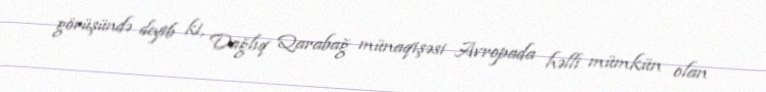
görüşündə deyib ki, Dağlıq Qarabağ münaqişəsi Avropada həlli mümkün olan